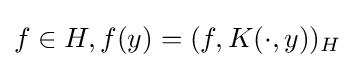
f\in H,f(y)=(f,K(\cdot ,y))_{H}